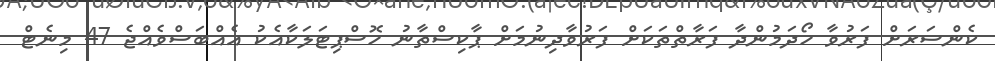
ކެންސަރަށް ފަރުވާ ހޯދަމުންދާ ފަރާތްތަކަށް ފަރުވާދިނުމަށް ޕާކިސްތާނު ހޮސްޕިޓަލަކާއެކު އެއްބަސްވެއްޖެ 47 މިނެޓް